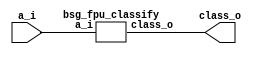


module top
(
  a_i,
  class_o
);

  input [15:0] a_i;
  output [15:0] class_o;

  bsg_fpu_classify
  wrapper
  (
    .a_i(a_i),
    .class_o(class_o)
  );


endmodule



module bsg_fpu_preprocess_e_p5_m_p10
(
  a_i,
  zero_o,
  nan_o,
  sig_nan_o,
  infty_o,
  exp_zero_o,
  man_zero_o,
  denormal_o,
  sign_o,
  exp_o,
  man_o
);

  input [15:0] a_i;
  output [4:0] exp_o;
  output [9:0] man_o;
  output zero_o;
  output nan_o;
  output sig_nan_o;
  output infty_o;
  output exp_zero_o;
  output man_zero_o;
  output denormal_o;
  output sign_o;
  wire [4:0] exp_o;
  wire [9:0] man_o;
  wire zero_o,nan_o,sig_nan_o,infty_o,exp_zero_o,man_zero_o,denormal_o,sign_o,a_i_15_,
  N0,N1,N2,N3,N5,N6,N7,N8,N9,N10,N11,N12,N13,N14,N15,N16,N17,N19;
  assign a_i_15_ = a_i[15];
  assign sign_o = a_i_15_;
  assign exp_o[4] = a_i[14];
  assign exp_o[3] = a_i[13];
  assign exp_o[2] = a_i[12];
  assign exp_o[1] = a_i[11];
  assign exp_o[0] = a_i[10];
  assign man_o[9] = a_i[9];
  assign man_o[8] = a_i[8];
  assign man_o[7] = a_i[7];
  assign man_o[6] = a_i[6];
  assign man_o[5] = a_i[5];
  assign man_o[4] = a_i[4];
  assign man_o[3] = a_i[3];
  assign man_o[2] = a_i[2];
  assign man_o[1] = a_i[1];
  assign man_o[0] = a_i[0];
  assign N0 = exp_o[3] | exp_o[4];
  assign N1 = exp_o[2] | N0;
  assign N2 = exp_o[1] | N1;
  assign N3 = exp_o[0] | N2;
  assign exp_zero_o = ~N3;
  assign N5 = exp_o[3] & exp_o[4];
  assign N6 = exp_o[2] & N5;
  assign N7 = exp_o[1] & N6;
  assign N8 = exp_o[0] & N7;
  assign N9 = man_o[8] | man_o[9];
  assign N10 = man_o[7] | N9;
  assign N11 = man_o[6] | N10;
  assign N12 = man_o[5] | N11;
  assign N13 = man_o[4] | N12;
  assign N14 = man_o[3] | N13;
  assign N15 = man_o[2] | N14;
  assign N16 = man_o[1] | N15;
  assign N17 = man_o[0] | N16;
  assign man_zero_o = ~N17;
  assign zero_o = exp_zero_o & man_zero_o;
  assign nan_o = N8 & N17;
  assign sig_nan_o = nan_o & N19;
  assign N19 = ~man_o[9];
  assign infty_o = N8 & man_zero_o;
  assign denormal_o = exp_zero_o & N17;

endmodule



module bsg_fpu_classify
(
  a_i,
  class_o
);

  input [15:0] a_i;
  output [15:0] class_o;
  wire [15:0] class_o;
  wire zero,nan,infty,denormal,sign,N0,N1,N2,N3,N4,N5,N6,N7,N8,N9,N10,N11,sv2v_dc_1,
  sv2v_dc_2,sv2v_dc_3,sv2v_dc_4,sv2v_dc_5,sv2v_dc_6,sv2v_dc_7,sv2v_dc_8,sv2v_dc_9,
  sv2v_dc_10,sv2v_dc_11,sv2v_dc_12,sv2v_dc_13,sv2v_dc_14,sv2v_dc_15;
  assign class_o[10] = 1'b0;
  assign class_o[11] = 1'b0;
  assign class_o[12] = 1'b0;
  assign class_o[13] = 1'b0;
  assign class_o[14] = 1'b0;
  assign class_o[15] = 1'b0;

  bsg_fpu_preprocess_e_p5_m_p10
  prep
  (
    .a_i(a_i),
    .zero_o(zero),
    .nan_o(nan),
    .sig_nan_o(class_o[8]),
    .infty_o(infty),
    .denormal_o(denormal),
    .sign_o(sign),
    .exp_o({ sv2v_dc_1, sv2v_dc_2, sv2v_dc_3, sv2v_dc_4, sv2v_dc_5 }),
    .man_o({ sv2v_dc_6, sv2v_dc_7, sv2v_dc_8, sv2v_dc_9, sv2v_dc_10, sv2v_dc_11, sv2v_dc_12, sv2v_dc_13, sv2v_dc_14, sv2v_dc_15 })
  );

  assign class_o[0] = sign & infty;
  assign class_o[1] = N5 & N6;
  assign N5 = N3 & N4;
  assign N3 = N1 & N2;
  assign N1 = sign & N0;
  assign N0 = ~infty;
  assign N2 = ~denormal;
  assign N4 = ~nan;
  assign N6 = ~zero;
  assign class_o[2] = sign & denormal;
  assign class_o[3] = sign & zero;
  assign class_o[4] = N7 & zero;
  assign N7 = ~sign;
  assign class_o[5] = N7 & denormal;
  assign class_o[6] = N10 & N6;
  assign N10 = N9 & N4;
  assign N9 = N8 & N2;
  assign N8 = N7 & N0;
  assign class_o[7] = N7 & infty;
  assign class_o[9] = nan & N11;
  assign N11 = ~class_o[8];

endmodule